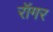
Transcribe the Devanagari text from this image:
रॉगर